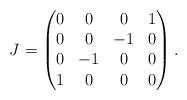
LaTeX: \begin{align*} J =\begin{pmatrix}0 & 0 & 0 & 1\\0 & 0 & -1 & 0\\0 & -1 & 0 & 0\\1 & 0 & 0 & 0\\\end{pmatrix}.\end{align*}